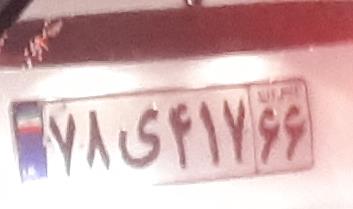
۷۸ی۴۱۷۶۶